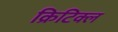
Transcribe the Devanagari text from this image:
क्रिटिक्ल